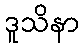
ဒူသိနာ